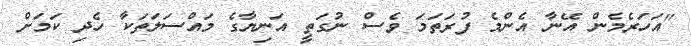
"އަހަރެމެން އޭނާ އެންމެ ފުރަތަމަ ވެސް ނުގަތީ އަނިޔާގެ މައްސަލަތަކާ ހެދި ކަމަށް